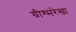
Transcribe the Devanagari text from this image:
ग्रीश्मरेखा